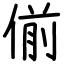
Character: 偂